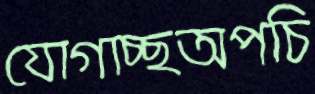
যোগাচ্ছঅপচি